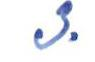
3.